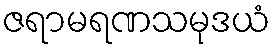
ဇရာမရဏသမုဒယံ